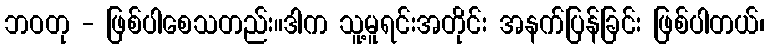
ဘဝတု - ဖြစ်ပါစေသတည်း။ဒါက သူ့မူရင်းအတိုင်း အနက်ပြန်ခြင်း ဖြစ်ပါတယ်၊